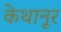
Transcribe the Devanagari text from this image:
केथानूर